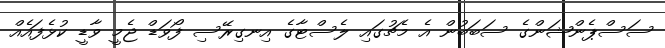
ސަސްޕެންޝަންގެ ސަބަބުން އެ މެޗުގައި ލެސްޓާގެ އިނގިރޭސި ފޯވަޑް ޖެމީ ވާޑީ ކުޅެފައެއް